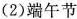
(2)端午节